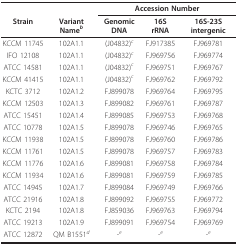
|  |  | <COLSPAN=3> Accession Number |
 | Strain | Variant Nameb | Genomic DNA | 16S rRNA | 16S-23S intergenic |
 | --- | --- | --- | --- | --- |
 | KCCM 11745 | 102A1.1 | (J04832)c | FJ917385 | FJ969781 |
 | IFO 12108 | 102A1.1 | (J04832)c | FJ969756 | FJ969774 |
 | ATCC 14581 | 102A1.1 | (J04832)c | FJ969751 | FJ969767 |
 | KCCM 41415 | 102A1.1 | (J04832)c | FJ969762 | FJ969792 |
 | KCTC 3712 | 102A1.2 | FJ899078 | FJ969764 | FJ969795 |
 | KCCM 12503 | 102A1.3 | FJ899082 | FJ969761 | FJ969787 |
 | ATCC 15451 | 102A1.4 | FJ899085 | FJ969753 | FJ969768 |
 | ATCC 10778 | 102A1.5 | FJ899078 | FJ969746 | FJ969765 |
 | KCCM 11938 | 102A1.5 | FJ899078 | FJ969760 | FJ969786 |
 | KCCM 11761 | 102A1.5 | FJ899078 | FJ969757 | FJ969783 |
 | KCCM 11776 | 102A1.6 | FJ899081 | FJ969758 | FJ969784 |
 | KCCM 11934 | 102A1.6 | FJ899081 | FJ969759 | FJ969785 |
 | ATCC 14945 | 102A1.7 | FJ899084 | FJ969749 | FJ969766 |
 | ATCC 21916 | 102A1.8 | FJ899092 | FJ969755 | FJ969772 |
 | KCTC 2194 | 102A1.8 | FJ859036 | FJ969763 | FJ969794 |
 | ATCC 19213 | 102A1.9 | FJ899091 | FJ969754 | FJ969769 |
 | ATCC 12872 | QM B1551d | -e | -e | -e |